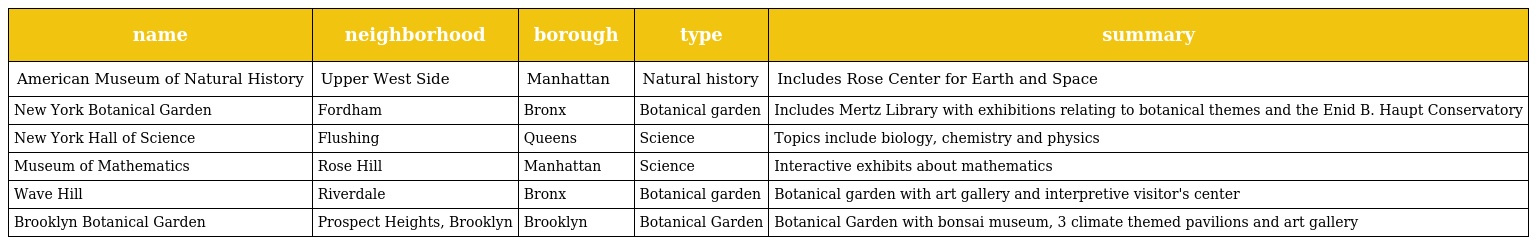
| name | neighborhood | borough | type | summary |
 | --- | --- | --- | --- | --- |
 | American Museum of Natural History | Upper West Side | Manhattan | Natural history | Includes Rose Center for Earth and Space |
 | New York Botanical Garden | Fordham | Bronx | Botanical garden | Includes Mertz Library with exhibitions relating to botanical themes and the Enid B. Haupt Conservatory |
 | New York Hall of Science | Flushing | Queens | Science | Topics include biology, chemistry and physics |
 | Museum of Mathematics | Rose Hill | Manhattan | Science | Interactive exhibits about mathematics |
 | Wave Hill | Riverdale | Bronx | Botanical garden | Botanical garden with art gallery and interpretive visitor's center |
 | Brooklyn Botanical Garden | Prospect Heights, Brooklyn | Brooklyn | Botanical Garden | Botanical Garden with bonsai museum, 3 climate themed pavilions and art gallery |